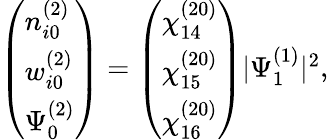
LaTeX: \begin{array}{r}{\left(\begin{array}{l}{n_{i0}^{(2)}}\\ {w_{i0}^{(2)}}\\ {\Psi_{0}^{(2)}}\end{array}\right)=\left(\begin{array}{l}{\chi_{14}^{(20)}}\\ {\chi_{15}^{(20)}}\\ {\chi_{16}^{(20)}}\end{array}\right)|\Psi_{1}^{(1)}|^{2},}\end{array}